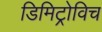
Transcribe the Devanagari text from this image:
डिमिट्रोविच